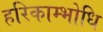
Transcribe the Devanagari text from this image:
हरिकाम्भोधि